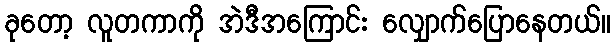
ခုတော့ လူတကာကို အဲဒီအကြောင်း လျှောက်ပြောနေတယ်။